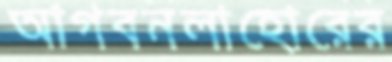
আগবনলাহোরের